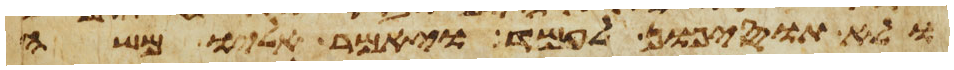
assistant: ולא תוסיפון לעמד ויאמר אליו משה